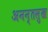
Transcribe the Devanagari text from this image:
अनन्तसुख